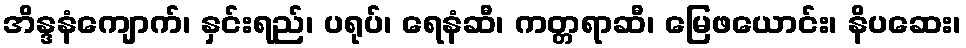
အိန္ဒနံကျောက်၊ နှင်းရည်၊ ပရုပ်၊ ရေနံဆီ၊ ကတ္တရာဆီ၊ မြေဖယောင်း၊ နိပဆေး၊